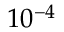
1 0 ^ { - 4 }